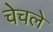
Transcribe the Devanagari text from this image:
चेचले